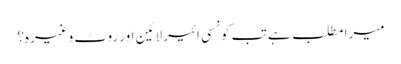
میرا مطلب ہے تب کونسی ائیر لائین اور روٹ وغیرہ؟